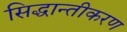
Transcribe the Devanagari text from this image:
सिद्धान्तीकरण